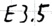
Text: E3.5